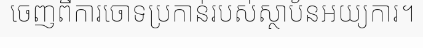
ចេញពីការចោទប្រកាន់របស់ស្ថាប័នអយ្យការ។